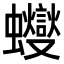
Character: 𧕊